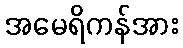
အမေရိကန်အား